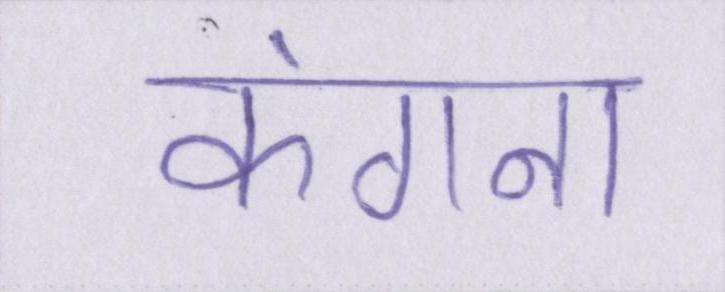
कंगना